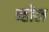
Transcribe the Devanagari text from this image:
च्होल